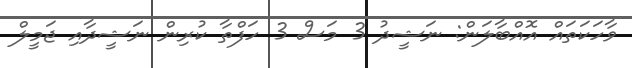
ވާހަކަތައް އޮއްބާލަން: ނަޝީދު 3 މަސް 3 ހަފްތާ ކުރިން ނަޝީދާއި ޖަމީލް